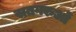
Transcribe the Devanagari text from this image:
सतगरुओं